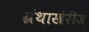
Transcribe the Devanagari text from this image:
ग्रंथाखेरीज